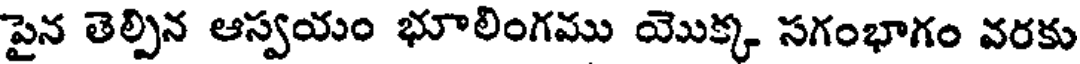
పైన తెల్పిన ఆస్వయం భూలింగము యొక్క సగంభాగం వరకు